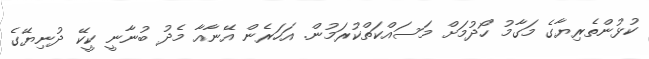
ކުޅުންތެރިޔާގެ މަގާމު ހޯދުމަށް މަސައްކަތްކުރަމުން. އަހަރެން އޭނާއާ މެދު ބުނާނީ ކީކޭ ދުނިޔޭގެ